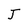
Character: T